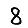
Digit: 8